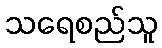
သရေစည်သူ